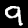
Digit: 9